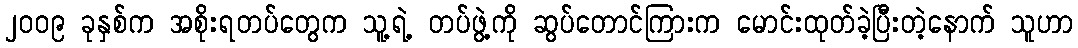
၂၀၀၉ ခုနှစ်က အစိုးရတပ်တွေက သူ့ရဲ့ တပ်ဖွဲ့ကို ဆွပ်တောင်ကြားက မောင်းထုတ်ခဲ့ပြီးတဲ့နောက် သူဟာ